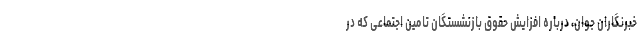
خبرنگاران جوان، درباره افزایش حقوق بازنشستگان تامین اجتماعی که در